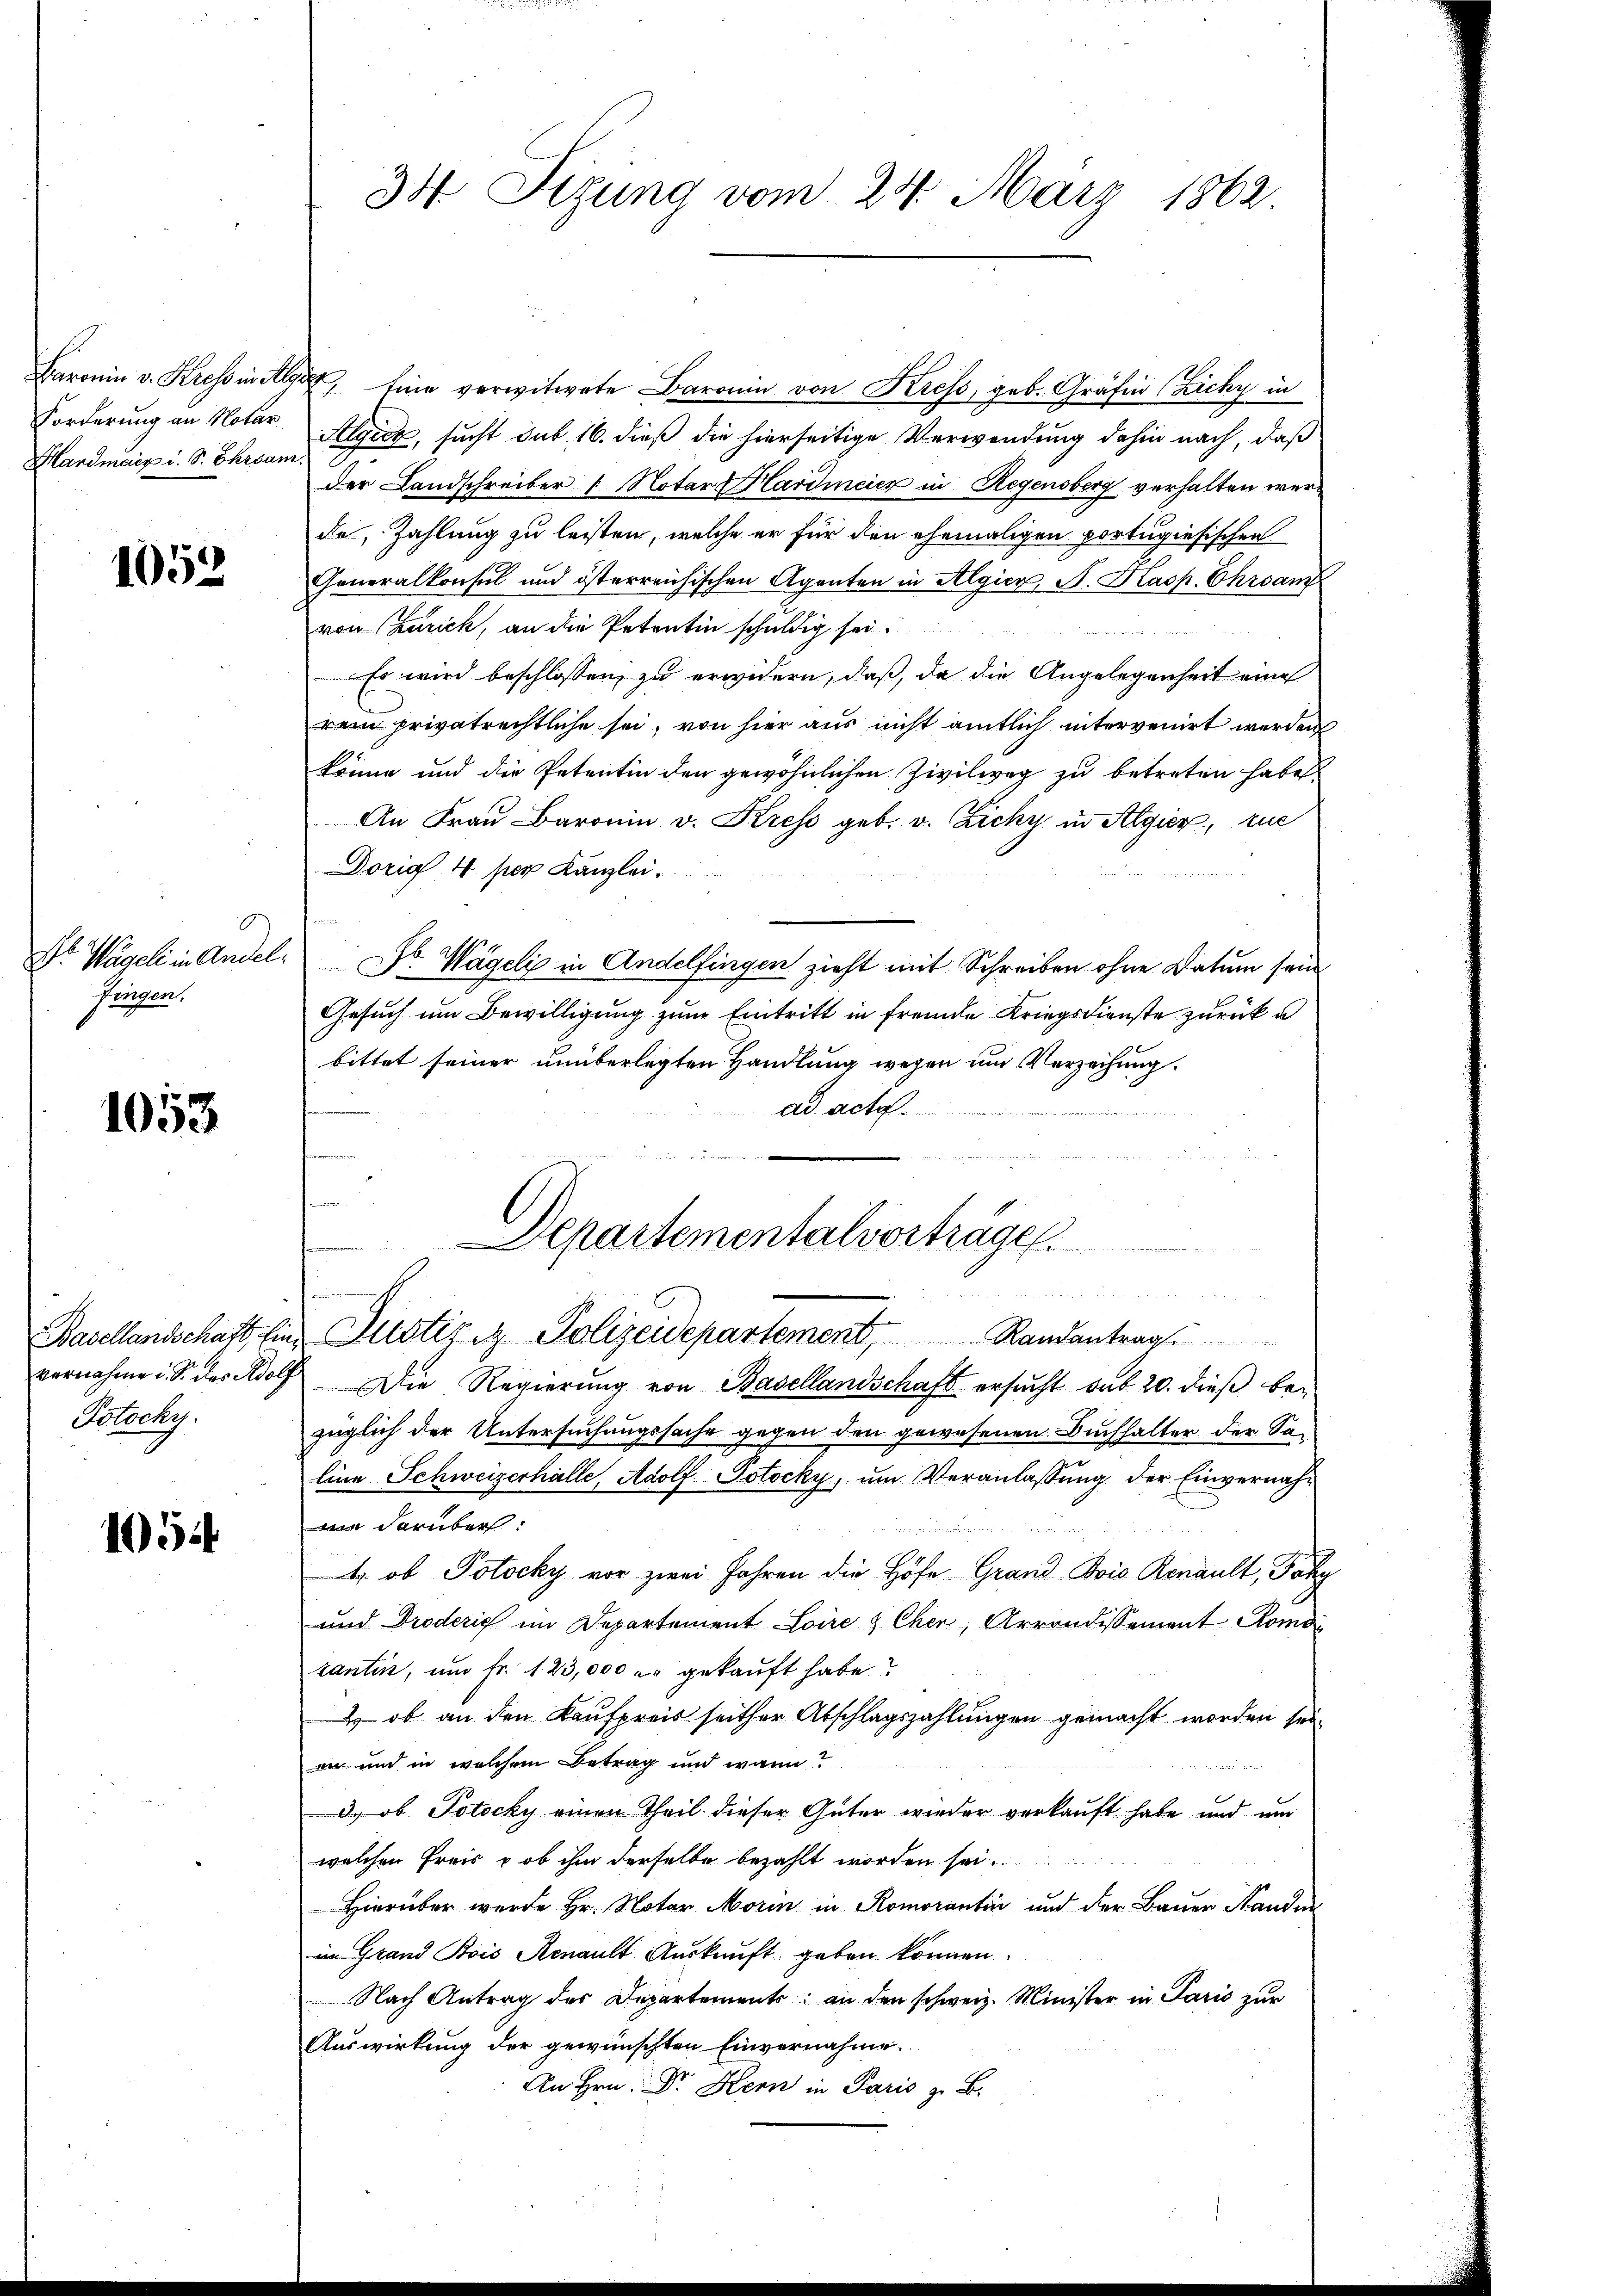
Forderung an Notar
Hardmeix i. S. Ehrsam.

1052

fingen.

1053

Potocky.

1054

Baronin v. Kressing eine verwitwete Baronin von Kress, geb. Gräfin (Zichy in
Algier, sucht sub 16. dieß die hierseitige Verwendung dahin nach, daß
der Landschreiber 1. Notar Hardmeier in Regensberg verhalten werde, Zahlung zu leisten, welche er für den ehemaligen portugisischen
Generalkonsul und österreichischen Agenten in Algier, S. Kasp. Ehrsand
von Zürich, an die Petentin schuldig sei.

Es wird beschlossen, zu erwidern, daß, da die Angelegenheit eine
rem privatrechtliche sei, von hier aus nicht amtlich intervenirt werden
könne und die Petentin den gewöhnlichen Zivilweg zu betreten habe
An Frau Baronin v. Kress geb. v. Zichy in Algier, zue
Dorig 4 per Kanzlei.
Ns Wägeli in Andel. Dr. Wägeli in Andelfingen zieht mit Schreiben ohne Datum sein
Gesuch um Bewilligung zum Eintritt in fremde Kriegsdienste zurück u.
bittet seiner unüberlegten Handlung wegen um Verzeichung
ad acta.

i
e
Departementalvorträge.

de in
Basellandschaft, sie Justiz & Polizeidepartement, Randantrag
vernahme u. S. des Adolf Die Regierŭng von Basellandschaft ersŭcht das 20. dieβ be-
züglich der Untersuchungssache gegen den gewesenen Buchhalter der Saline Schweizerhalle, Adolf Potocky, um Veranlassung der Einvernahma darüber.
4. ob Potocky vor zwei Jahren die Höfe Grand Bois Renault, Faky
und Droderich im Departement Loire & Cher, Arrondissement Romai
rantin, ŭm fr. 123,000 u. gekaŭft habe?
& ob an den Kaufpreis seither Abschlagszahlungen gemacht worden sei.
ann und in welchem Betrag und wann?
d
3.) ob Totecky einen Theil dieser Güter wieder verkauft habe und um
welchen Preis & ob ihm derselbe bezahlt worden sei.
Hierüber wurde Hr. Notar Morin in Romorantin und der Bauer Hander
im Grand Bois Renault Auskunft geben können.
Nach Antrag des Departements: an den schweiz. Minister in Paris zur
Auswirkung der gewünschten Einvernahme.
An Hrn. Dr. Kern in Paris z. B.

34 Sizung vom 24. März 1862.